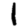
Digit: 1